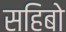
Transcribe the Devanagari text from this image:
सहिबो